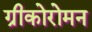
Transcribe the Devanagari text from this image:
ग्रीकोरोमन